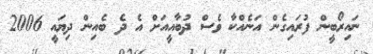
ނައިރޯބީން ފުރައިގެން އަނެއްކާ ވެސް ދުބާއީއަށް އެ ދެ ބެއިން ދިޔައީ 2006